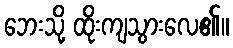
ဘေးသို့ ထိုးကျသွားလေ၏။